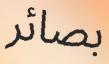
بصائر